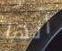
أنها